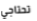
تحتاجي